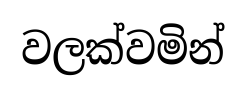
වලක්වමින්